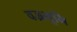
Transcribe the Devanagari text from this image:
वज्रभूमि